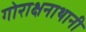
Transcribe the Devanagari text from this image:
गोराक्षनाथानी